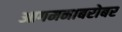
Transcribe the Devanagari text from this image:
आगमनाबरोबर